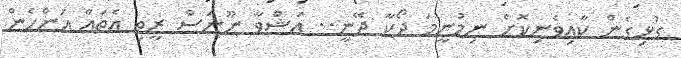
ގުޅިގެން ކާއިވެނިކޮށް ނިމުނީމަ ދޯކާ ދޭނީ.. އަޝްވާ ނޫނަސް ރީތި އެތައް އަންހެން